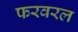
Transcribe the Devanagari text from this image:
फरवरल